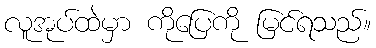
လူအုပ်ထဲမှာ ကိုပြေကို မြင်ရသည်။